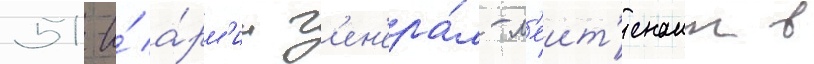
51-и́ а́рм'ии г'ен'ера́л-л'еит'енант в